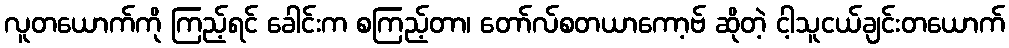
လူတယောက်ကို ကြည့်ရင် ခေါင်းက စကြည့်တာ၊ တော်လ်စတယာကော့ဗ် ဆိုတဲ့ ငါ့သူငယ်ချင်းတယောက်